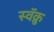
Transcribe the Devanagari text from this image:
स्वॅक्रु